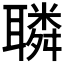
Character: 𦗲